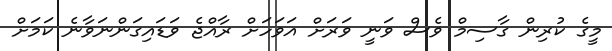
މީގެ ކުރިން ގާސިމް ވެސް ވަނީ ވަރަށް އަވަހަށް ރާއްޖެ ވަޑައިގަންނަވާނެ ކަމަށް